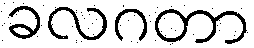
ခလဂတာ